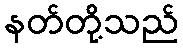
နတ်တို့သည်